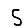
Digit: 5